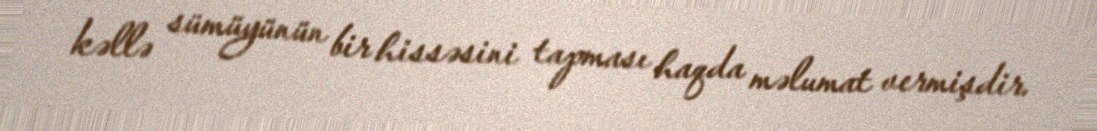
kəllə sümüyünün bir hissəsini tapması haqda məlumat vermişdir.